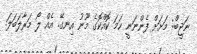
ނަޖީބް: މަށަށް ފެންނަނީ ހަމަ ކޮއްކޮގެ މޫނު އިނގޭ. އެއް ލޯ މަރާލަބަލަ.